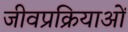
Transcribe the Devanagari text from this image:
जीवप्रक्रियाओं